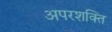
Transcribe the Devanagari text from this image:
अपरशक्ति